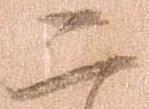
二